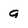
Character: a